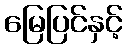
မြေပြင်နှင့်